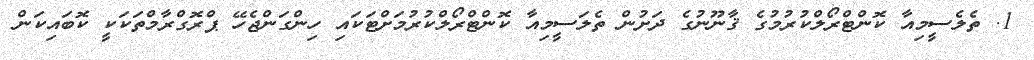
1. ތެލެސީމިއާ ކޮންޓްރޯލްކުރުމުގެ ޤާނޫނުގެ ދަށުން ތެލަސީމިއާ ކޮންޓްރޯލްކުރުމަށްޓަކައި ހިންގަންޖެހޭ ޕްރޮގްރާމްތަކަކީ ކޮބައިކަން